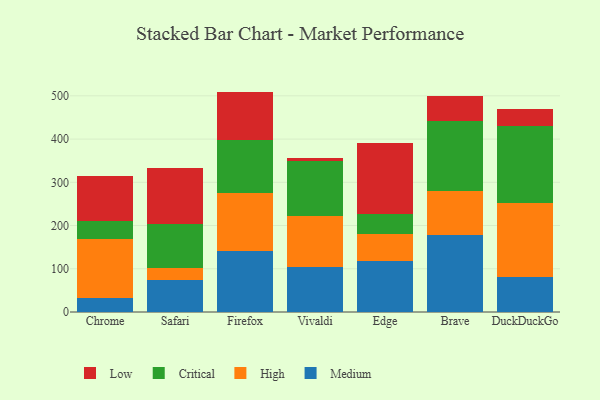
{"axis": {"x": "Browser", "y": "Energy Usage (MWh)"}, "legend": ["Critical", "High", "Low", "Medium"], "data": [{"x": "Chrome", "y": 32.5, "type": "Medium"}, {"x": "Chrome", "y": 137.2, "type": "High"}, {"x": "Chrome", "y": 41.1, "type": "Critical"}, {"x": "Chrome", "y": 103.5, "type": "Low"}, {"x": "Safari", "y": 73.3, "type": "Medium"}, {"x": "Safari", "y": 28.1, "type": "High"}, {"x": "Safari", "y": 102.0, "type": "Critical"}, {"x": "Safari", "y": 130.8, "type": "Low"}, {"x": "Firefox", "y": 140.6, "type": "Medium"}, {"x": "Firefox", "y": 133.7, "type": "High"}, {"x": "Firefox", "y": 124.2, "type": "Critical"}, {"x": "Firefox", "y": 111.3, "type": "Low"}, {"x": "Vivaldi", "y": 104.9, "type": "Medium"}, {"x": "Vivaldi", "y": 118.1, "type": "High"}, {"x": "Vivaldi", "y": 126.0, "type": "Critical"}, {"x": "Vivaldi", "y": 6.7, "type": "Low"}, {"x": "Edge", "y": 117.3, "type": "Medium"}, {"x": "Edge", "y": 63.5, "type": "High"}, {"x": "Edge", "y": 44.8, "type": "Critical"}, {"x": "Edge", "y": 165.1, "type": "Low"}, {"x": "Brave", "y": 178.6, "type": "Medium"}, {"x": "Brave", "y": 101.2, "type": "High"}, {"x": "Brave", "y": 162.6, "type": "Critical"}, {"x": "Brave", "y": 56.6, "type": "Low"}, {"x": "DuckDuckGo", "y": 81.8, "type": "Medium"}, {"x": "DuckDuckGo", "y": 170.0, "type": "High"}, {"x": "DuckDuckGo", "y": 177.9, "type": "Critical"}, {"x": "DuckDuckGo", "y": 38.9, "type": "Low"}]}